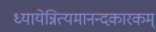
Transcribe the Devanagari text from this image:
ध्यायेन्नित्यमानन्दकारकम्